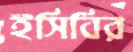
ইসিবির